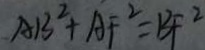
A B ^ { 2 } + A F ^ { 2 } = B F ^ { 2 }